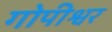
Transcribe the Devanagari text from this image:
गोपीश्वर